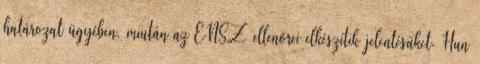
határozat ügyében, miután az ENSZ ellenőrei elkészítik jelentésüket. Hun